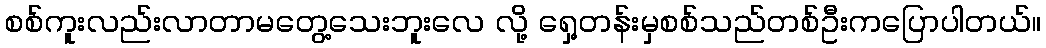
စစ်ကူးလည်းလာတာမတွေ့သေးဘူးလေ လို့ ရှေ့တန်းမှစစ်သည်တစ်ဦးကပြောပါတယ်။